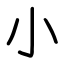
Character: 小